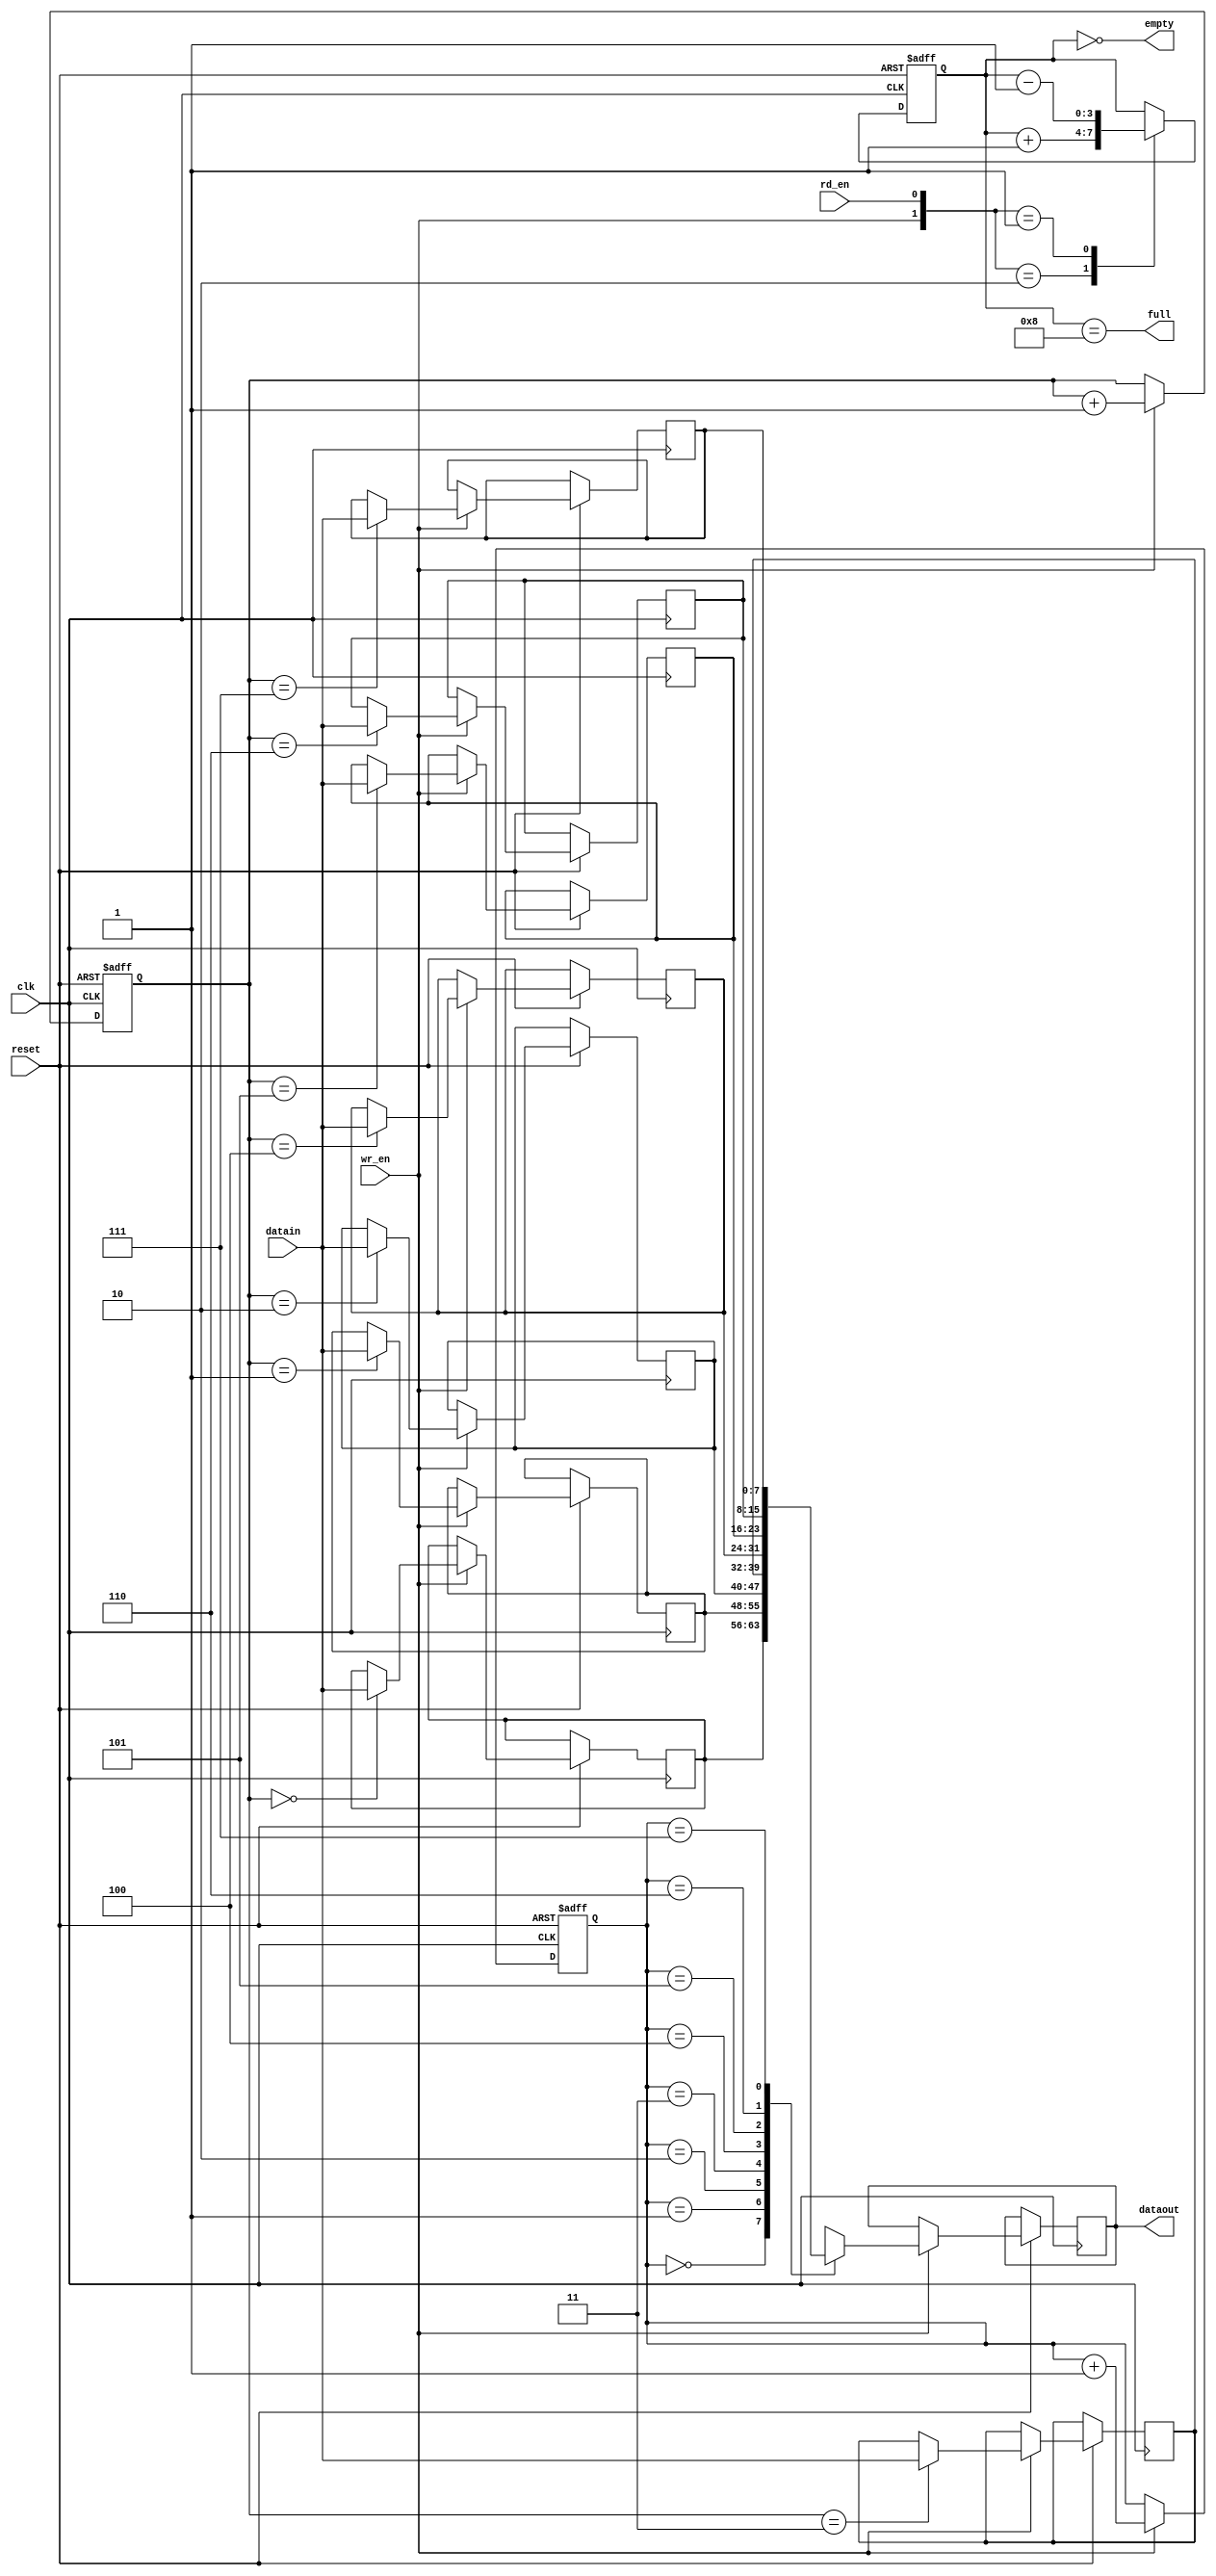
// Synchronous FIFO
module sync_fifo(
  input clk,
  input reset,
  input wr_en,
  input [7:0] datain,
  output full,
  
  input rd_en,
  output reg [7:0] dataout,
  output empty);
  
  parameter DEPTH = 8;
  
  reg [7:0] mem [0:DEPTH-1];
  reg [2:0] wr_ptr;
  reg [2:0] rd_ptr;
  reg [3:0] count;
  
  assign full = (count==DEPTH);
  assign empty = (count==0);
  
// Write Operations-------------------------
  always@(posedge clk, negedge reset) begin
    if(!reset)
      wr_ptr <=3'd0;
    else begin
      if(wr_en) begin
        mem[wr_ptr] <= datain;
        wr_ptr <= wr_ptr+1;
      end
    end
  end
  
// Read Operations-------------------------
  always@(posedge clk, negedge reset) begin
    if(!reset)
      rd_ptr <=3'd0;
    else begin
      if(wr_en) begin
        dataout <= mem[rd_ptr];
        rd_ptr <= rd_ptr+1;
      end
    end
  end
  
// Count handling----------------------------
  always@(posedge clk, negedge reset) begin
    if(!reset)
      count <=4'd0;
    else begin
      case({wr_en,rd_en})
        2'b10: count <= count+1;
        2'b01: count <= count-1;
        default: count <= count;
      endcase
    end
  end
  
endmodule